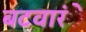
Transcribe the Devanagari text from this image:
बटवारंे